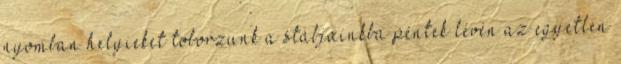
nyomban helyieket toborzunk a stábjainkba péntek lévén az egyetlen